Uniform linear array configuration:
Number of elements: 12
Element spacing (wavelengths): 1
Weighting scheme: hann
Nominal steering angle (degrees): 0
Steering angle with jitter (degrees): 1.33
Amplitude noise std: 0.05
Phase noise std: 0.05

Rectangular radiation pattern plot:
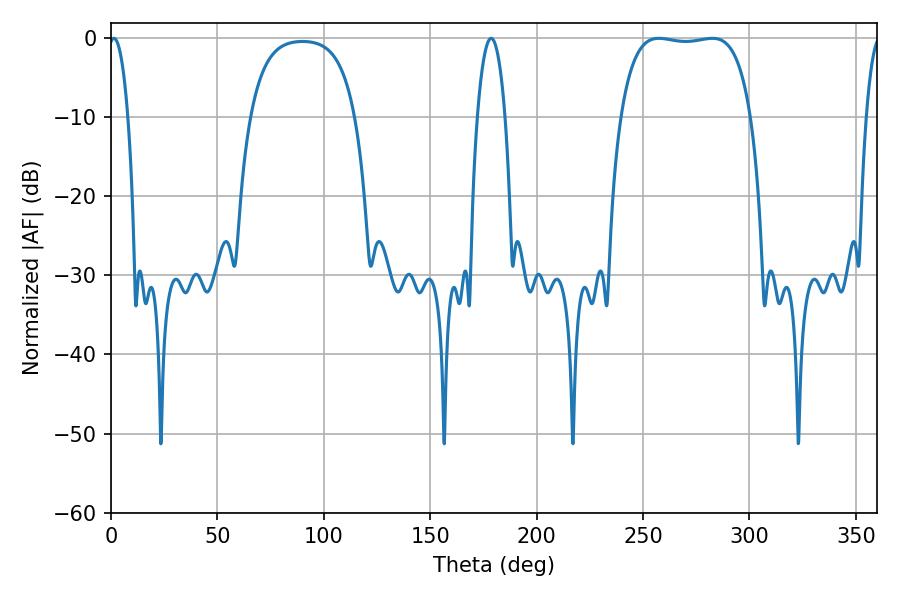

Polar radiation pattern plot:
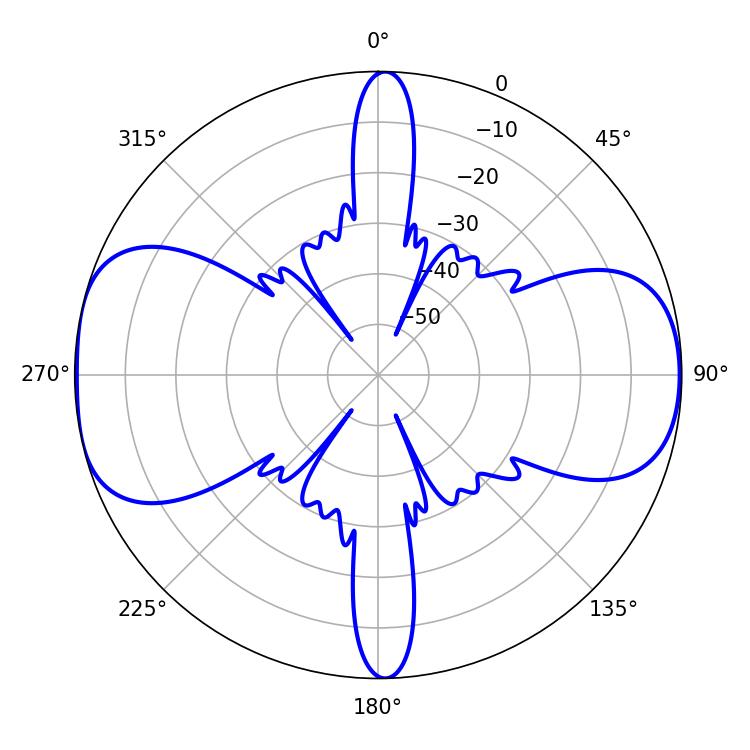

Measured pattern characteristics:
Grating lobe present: TRUE
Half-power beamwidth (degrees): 48.6
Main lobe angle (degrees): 257.4